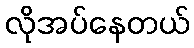
လိုအပ်နေတယ်